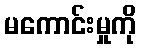
မကောင်းမှုကို